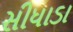
સીધાડા